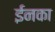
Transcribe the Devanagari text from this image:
ईनका